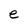
Character: e